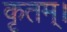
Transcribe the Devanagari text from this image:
कृतम्।